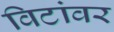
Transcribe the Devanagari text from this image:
विटांवर